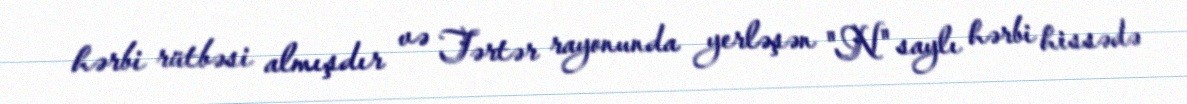
hərbi rütbəsi almışdır və Tərtər rayonunda yerləşən "N" saylı hərbi hissədə